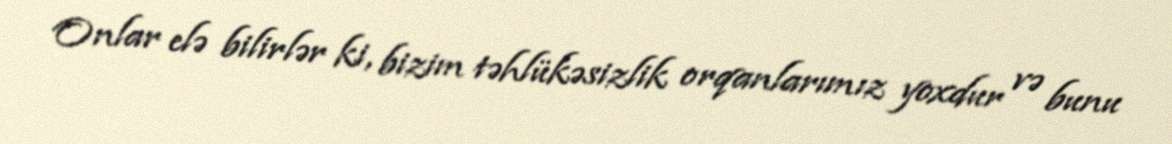
Onlar elə bilirlər ki, bizim təhlükəsizlik orqanlarımız yoxdur və bunu